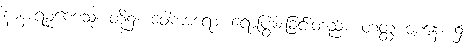
နာနာရမ္မဏေသု၊ တို့၌။ ဝေါကာရော၊ ရောပြွမ်းခြင်းတည်း။ တတ္ထ ဝစနေ၊ ၌။